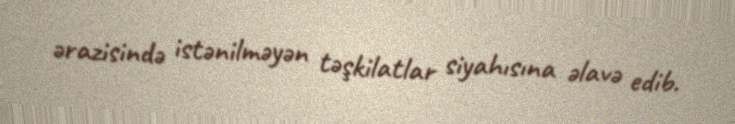
ərazisində istənilməyən təşkilatlar siyahısına əlavə edib.